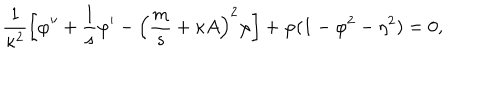
\frac { 1 } { \kappa ^ { 2 } } \left[ \varphi ^ { \prime \prime } + \frac { 1 } { s } \varphi ^ { \prime } - \left( \frac { m } { s } + \kappa A \right) ^ { 2 } \varphi \right] + \varphi ( 1 - \varphi ^ { 2 } - \eta ^ { 2 } ) = 0 ,